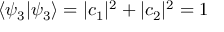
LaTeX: \left\langle \psi _ { 3 } | \psi _ { 3 } \right\rangle = | c _ { 1 } | ^ { 2 } + | c _ { 2 } | ^ { 2 } = 1